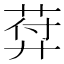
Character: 𦲱